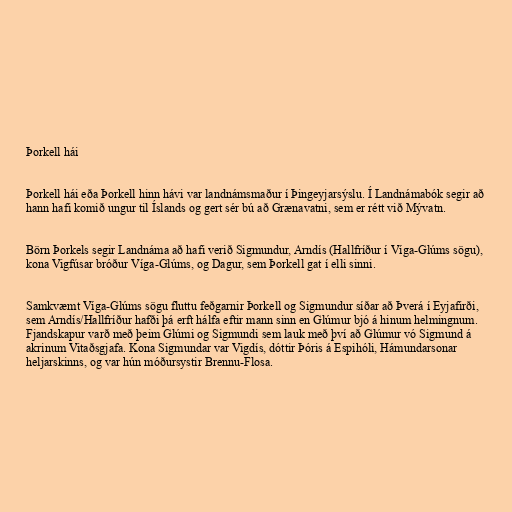
Þorkell hái

Þorkell hái eða Þorkell hinn hávi var landnámsmaður í Þingeyjarsýslu. Í Landnámabók segir að
hann hafi komið ungur til Íslands og gert sér bú að Grænavatni, sem er rétt við Mývatn.

Börn Þorkels segir Landnáma að hafi verið Sigmundur, Arndís (Hallfríður í Víga-Glúms sögu),
kona Vigfúsar bróður Víga-Glúms, og Dagur, sem Þorkell gat í elli sinni.

Samkvæmt Víga-Glúms sögu fluttu feðgarnir Þorkell og Sigmundur síðar að Þverá í Eyjafirði,
sem Arndís/Hallfríður hafði þá erft hálfa eftir mann sinn en Glúmur bjó á hinum helmingnum.
Fjandskapur varð með þeim Glúmi og Sigmundi sem lauk með því að Glúmur vó Sigmund á
akrinum Vitaðsgjafa. Kona Sigmundar var Vigdís, dóttir Þóris á Espihóli, Hámundarsonar
heljarskinns, og var hún móðursystir Brennu-Flosa.